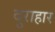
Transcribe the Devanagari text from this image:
दुराहार